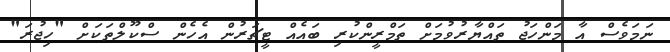
ނަމަވެސް އާ މަންހަޖު ތައްޔާރުވުމަށް ތަމްރީންކުރި ބައެއް ޓީޗަރުން އެހެން ސްކޫލްތަކަށް "ހިޖުރަ"